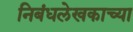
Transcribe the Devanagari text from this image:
निबंधलेखकाच्या